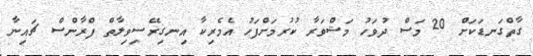
ގާތްގަނޑަކަށް 20 މަސް ދުވަހު މަޝްވަރާ ކުރުމަށްފަހު އެމެރިކާ އިނގިރޭސިވިލާތް ފްރާންސް ޗައިނާ